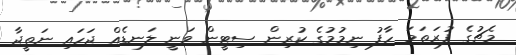
މެޗުގެ ފުރަތަމަ ހާފު ނިމުމުގެ ކުރިން ސިޓީން ވަނީ ލަނޑެއް ޖަހައި ނަތީޖާ